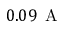
0 . 0 9 \, \mathrm { ~ A ~ }